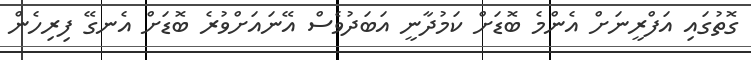
ގޮތުގައި އަފްރީނަށް އެންމެ ބޮޑަށް ކަމުދާނީ އަބަދުވެސް އޭނައަށްވުރެ ބޮޑަށް އެނގޭ ފިރިހެން